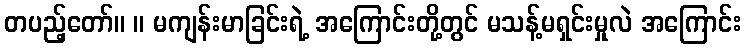
တပည့်တော်။ ။ မကျန်းမာခြင်းရဲ့ အကြောင်းတို့တွင် မသန့်မရှင်းမှုလဲ အကြောင်း